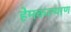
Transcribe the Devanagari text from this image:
हेमकल्याण